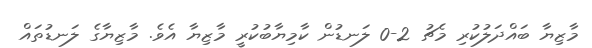
މާޒިޔާ ބައްދަލުކުރި މެޗު 2-0 ލަނޑުން ކާމިޔާބުކުރީ މާޒިޔާ އެވެ. މާޒިޔާގެ ލަނޑުތައް